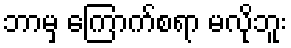
ဘာမှ ကြောက်စရာ မလိုဘူး